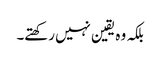
بلکہ وہ یقین نہیں رکھتے۔